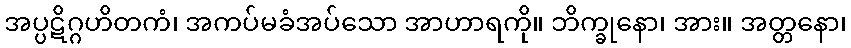
အပ္ပဋိဂ္ဂဟိတကံ၊ အကပ်မခံအပ်သော အာဟာရကို။ ဘိက္ခုနော၊ အား။ အတ္တနော၊